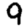
Digit: 9